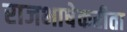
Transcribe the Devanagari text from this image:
राजभाषेकरीता